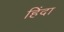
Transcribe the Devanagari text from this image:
हिंदा